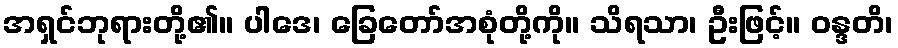
အရှင်ဘုရားတို့၏။ ပါဒေ၊ ခြေတော်အစုံတို့ကို။ သိရသာ၊ ဦးဖြင့်။ ဝန္ဒတိ၊